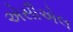
એસીએલ